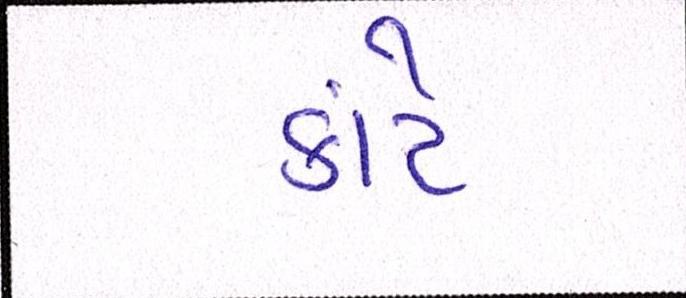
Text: કાંટે